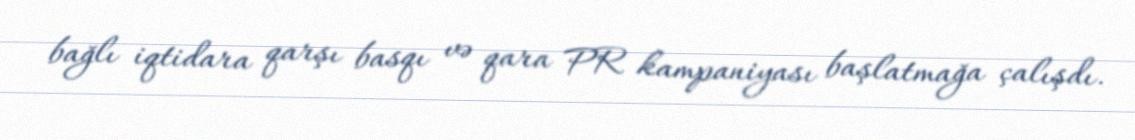
bağlı iqtidara qarşı basqı və qara PR kampaniyası başlatmağa çalışdı.